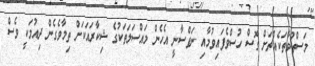
މަސްތުވާތަކެއްޗަށް ގޮސް ހުސްވެފައިވުމާއި ނަފްސާނީ އެހެން މައްސަލަތަކުގެ ޝިކާރައަކަށް ތިމާވެގެން ދިއުމަކީ ވެސް